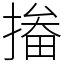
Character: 㨧